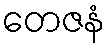
တေဇနံ